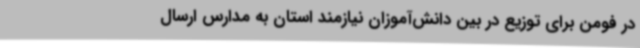
در فومن برای توزیع در بین دانش‌آموزان نیازمند استان به مدارس ارسال